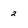
Character: 2